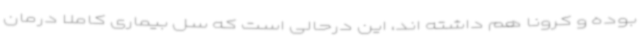
بوده و کرونا هم داشته اند، این درحالی است که سل بیماری کاملا درمان